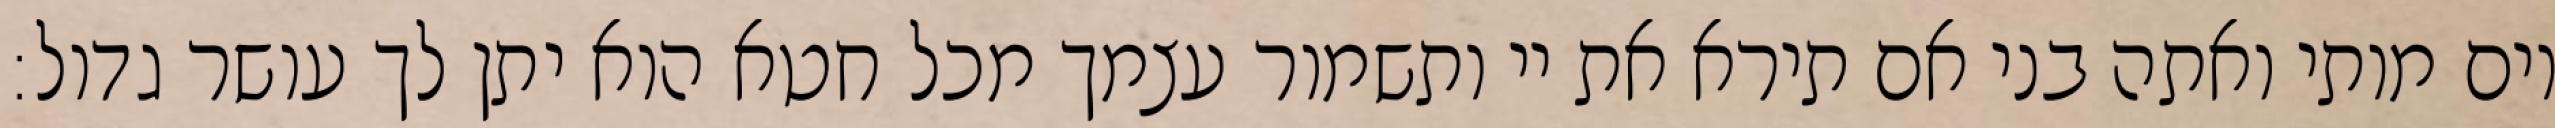
יום מותי ואתה בני אם תירא את יי ותשמור עצמך מכל חטא הוא יתן לך עושר גדול: